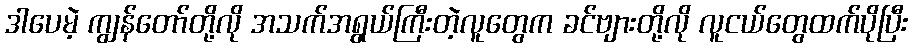
ဒါပေမဲ့ ကျွန်တော်တို့လို အသက်အရွယ်ကြီးတဲ့လူတွေက ခင်ဗျားတို့လို လူငယ်တွေထက်ပိုပြီး